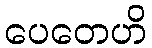
ပေတေဟိ